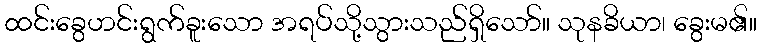
ထင်းခွေဟင်းရွက်ခူးသော အရပ်သို့သွားသည်ရှိသော်။ သုနခိယာ၊ ခွေးမ၏။